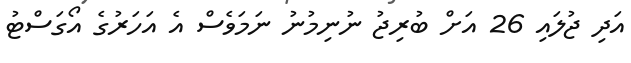
އަދި ޖުލައި 26 އަށް ބުރިޖު ނުނިމުނު ނަމަވެސް އެ އަހަރުގެ އޯގަސްޓު